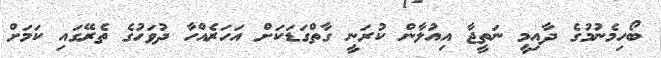
ބޯހިމެނުމުގެ ދާއިމީ ނަތީޖާ އިއުލާން ކުރަނީ ގާތްގަޑަކަށް އަހަރެއްހާ ދުވަހުގެ ތެރޭގައި ކަމަށް